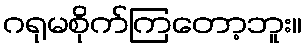
ဂရုမစိုက်ကြတော့ဘူး။